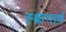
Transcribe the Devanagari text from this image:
स्थान्तर्ण